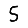
Digit: 5